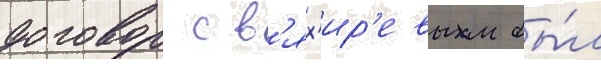
договор с в'ях'ир'евым бы́л